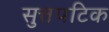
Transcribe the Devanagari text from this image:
सुत्तपटिक